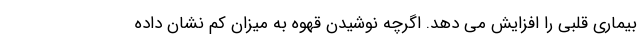
بیماری قلبی را افزایش می دهد. اگرچه نوشیدن قهوه به میزان کم نشان داده